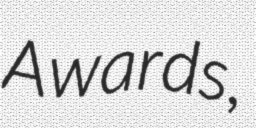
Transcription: Awards,